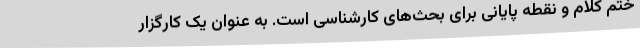
ختم کلام و نقطه پایانی برای بحث‌های کارشناسی است. به عنوان یک کارگزار